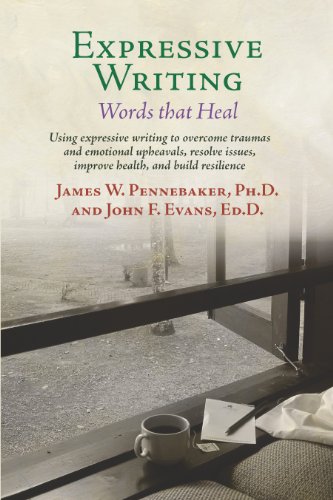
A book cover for Expressive Writing: Words that Heal; James Pennebaker; Self-Help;